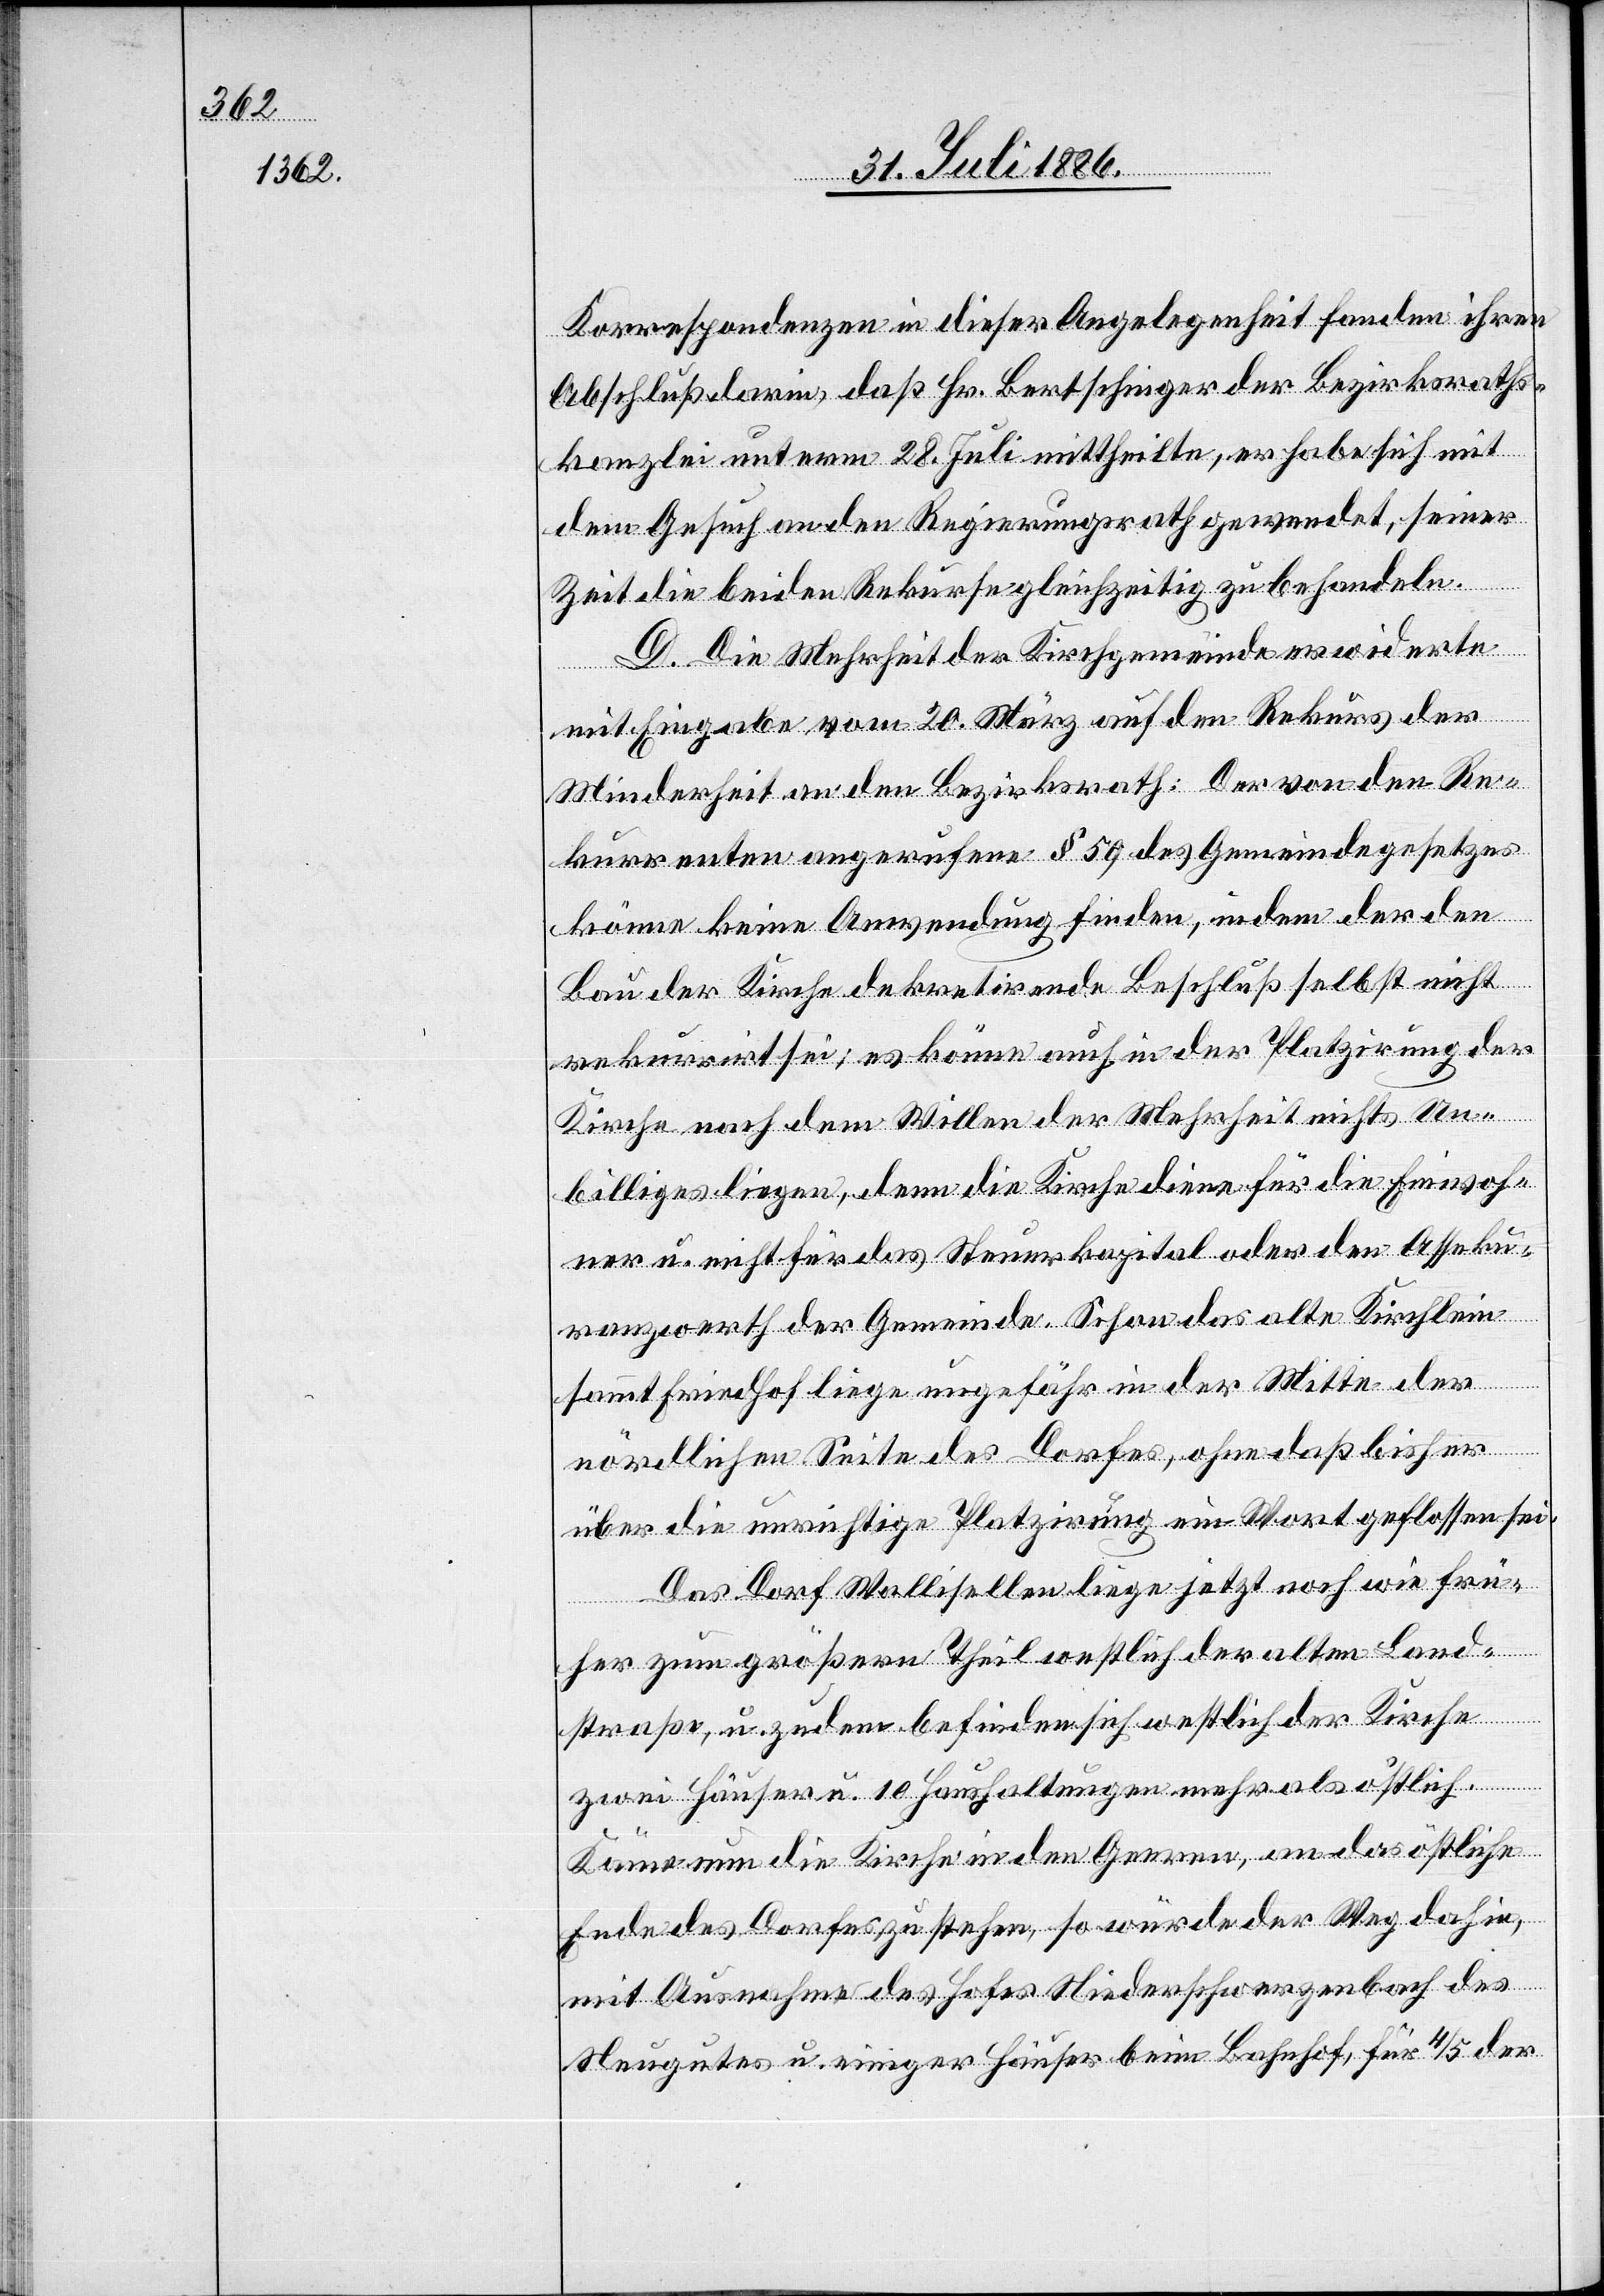
Korrespondenzen in dieser Angelegenheit fanden ihren
Abschluß darin, daß Hr. Bertschinger der Bezirksraths¬
kanzlei unterm 28. Juli mittheilte, er habe sich mit
dem Gesuch an den Regierungsrath gewendet, seiner
Zeit die beiden Rekurse gleichzeitig zu behandeln.
D. Die Mehrheit der Kirchgemeinde erwiderte
mit Eingabe vom 20. März auf den Rekurs der
Minderheit an den Bezirksrath: Der von den Re¬
kurrenten angerufene § 59 des Gemeindegesetzes
könne keine Anwendung finden, indem der den
Bau der Kirche dekretirende Beschluß selbst nicht
rekurrirt sei; es könne auch in der Platzirung der
Kirche nach dem Willen der Mehrheit nichts Un¬
billiges liegen, denn die Kirche diene für die Einwoh¬
ner u. nicht für das Steuerkapital oder den Asseku¬
ranzwerth der Gemeinde. Schon das alte Kirchlein
sammt Friedhof liege ungefähr in der Mitte der
nördlichen Seite des Dorfes, ohne daß bisher
über die unrichtige Platzirung ein Wort geflossen sei.
Das Dorf Wallisellen liege jetzt noch wie frü¬
her zum größern Theil westlich der alten Land¬
straße, u. zudem befinden sich westlich der Kirche
zwei Häuser u. 10 Haushaltungen mehr als östlich.
Käme nun die Kirche in den Geeren, an das östliche
Ende des Dorfes zu stehen, so würde der Weg dahin,
mit Ausnahme des Hofes Niederschwerzenbach des
Neugutes u. einiger Häuser beim Bahnhof, für 4/5 der